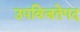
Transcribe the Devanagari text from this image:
उपविजतेपद